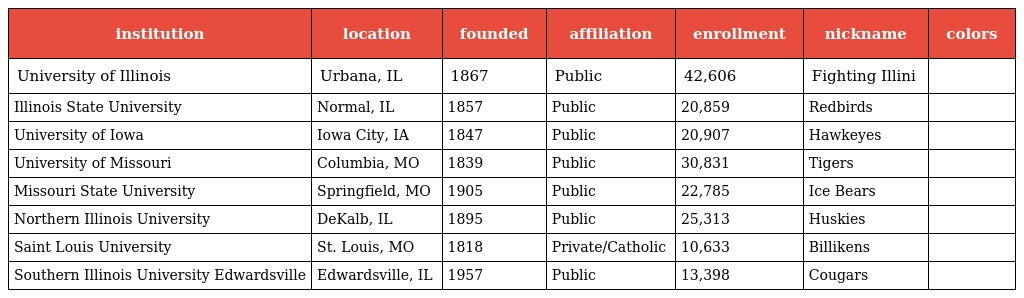
| institution | location | founded | affiliation | enrollment | nickname | colors |
 | --- | --- | --- | --- | --- | --- | --- |
 | University of Illinois | Urbana, IL | 1867 | Public | 42,606 | Fighting Illini |  |
 | Illinois State University | Normal, IL | 1857 | Public | 20,859 | Redbirds |  |
 | University of Iowa | Iowa City, IA | 1847 | Public | 20,907 | Hawkeyes |  |
 | University of Missouri | Columbia, MO | 1839 | Public | 30,831 | Tigers |  |
 | Missouri State University | Springfield, MO | 1905 | Public | 22,785 | Ice Bears |  |
 | Northern Illinois University | DeKalb, IL | 1895 | Public | 25,313 | Huskies |  |
 | Saint Louis University | St. Louis, MO | 1818 | Private/Catholic | 10,633 | Billikens |  |
 | Southern Illinois University Edwardsville | Edwardsville, IL | 1957 | Public | 13,398 | Cougars |  |